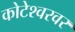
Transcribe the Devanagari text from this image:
कोटेश्वरवर